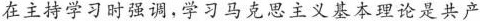
在主持学习时强调，学习马克思主义基本理论是共产